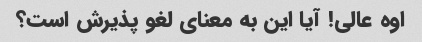
اوه عالی! آیا این به معنای لغو پذیرش است؟